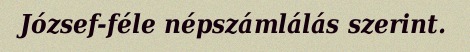
József-féle népszámlálás szerint.